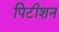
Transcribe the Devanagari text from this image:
पिटीशन